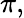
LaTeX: \pi,